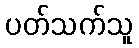
ပတ်သက်သူ